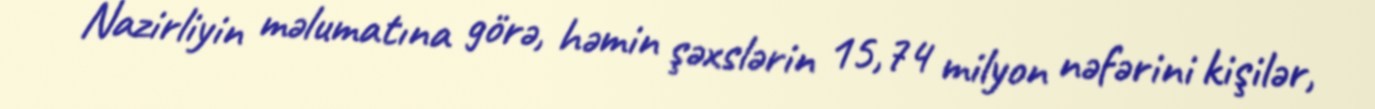
Nazirliyin məlumatına görə, həmin şəxslərin 15,74 milyon nəfərini kişilər,